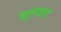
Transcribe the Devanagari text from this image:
फुलाकडे